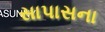
સાપાસના